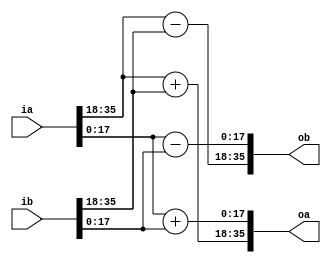
module BF_op #( 
	parameter  REAL_WIDTH = 18,
	parameter  IMGN_WIDTH = 18,
	localparam CPLX_WIDTH = REAL_WIDTH + IMGN_WIDTH
) (
	input  [CPLX_WIDTH - 1 : 0] ia,
	input  [CPLX_WIDTH - 1 : 0] ib,
	output [CPLX_WIDTH - 1 : 0] oa,
	output [CPLX_WIDTH - 1 : 0] ob
);

assign oa[CPLX_WIDTH-1:REAL_WIDTH] = $signed(ia[CPLX_WIDTH-1:REAL_WIDTH]) + $signed(ib[CPLX_WIDTH-1:REAL_WIDTH]);
assign oa[IMGN_WIDTH-1:0]          = $signed(ia[IMGN_WIDTH-1:0])          + $signed(ib[IMGN_WIDTH-1:0]);

assign ob[CPLX_WIDTH-1:REAL_WIDTH] = $signed(ia[CPLX_WIDTH-1:REAL_WIDTH]) - $signed(ib[CPLX_WIDTH-1:REAL_WIDTH]);
assign ob[IMGN_WIDTH-1:0]          = $signed(ia[IMGN_WIDTH-1:0])          - $signed(ib[IMGN_WIDTH-1:0]);

endmodule